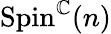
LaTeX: \mathrm{Spin}^{\mathbb{C}}(n)